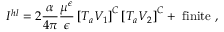
I ^ { h l } = 2 \frac { \alpha } { 4 \pi } \frac { \mu ^ { \epsilon } } { \epsilon } \left[ T _ { a } V _ { 1 } \right] ^ { C } \left[ T _ { a } V _ { 2 } \right] ^ { C } + \mathrm { ~ f i n i t e ~ } ,